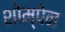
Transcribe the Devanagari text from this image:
शोम्पेन